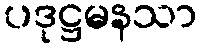
ပဒုဋ္ဌမနသာ